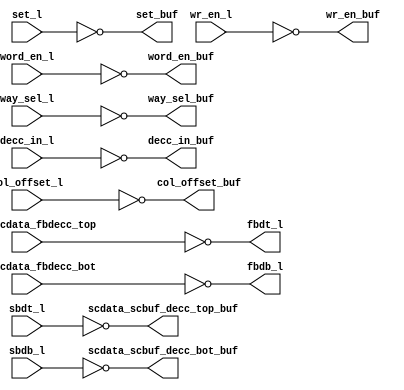
module bw_r_l2d_rep_top (
   word_en_buf, col_offset_buf, set_buf, wr_en_buf, way_sel_buf, 
   decc_in_buf, fbdt_l, fbdb_l, scdata_scbuf_decc_top_buf, 
   scdata_scbuf_decc_bot_buf, 
   word_en_l, col_offset_l, set_l, wr_en_l, way_sel_l, decc_in_l, 
   scbuf_scdata_fbdecc_top, scbuf_scdata_fbdecc_bot, sbdt_l, sbdb_l
   );
   input [3:0]     word_en_l;
   input 	   col_offset_l;
   input [9:0] 	   set_l;
   input 	   wr_en_l;
   input [11:0]    way_sel_l;
   input [155:0]   decc_in_l;
   input [155:0]   scbuf_scdata_fbdecc_top;
   input [155:0]   scbuf_scdata_fbdecc_bot;
   input [155:0]   sbdt_l;
   input [155:0]   sbdb_l;
   output [3:0]    word_en_buf;
   output 	   col_offset_buf;
   output [9:0]    set_buf;
   output 	   wr_en_buf;
   output [11:0]   way_sel_buf;
   output [155:0]  decc_in_buf;
   output [155:0]  fbdt_l;
   output [155:0]  fbdb_l;
   output [155:0]  scdata_scbuf_decc_top_buf;
   output [155:0]  scdata_scbuf_decc_bot_buf;
   assign word_en_buf[3:0] = ~word_en_l[3:0];
   assign col_offset_buf = ~col_offset_l;
   assign set_buf[9:0] = ~set_l[9:0];
   assign wr_en_buf = ~wr_en_l;
   assign way_sel_buf[11:0] = ~way_sel_l[11:0];
   assign decc_in_buf[155:0] = ~decc_in_l[155:0];
   assign fbdt_l[155:0] = ~scbuf_scdata_fbdecc_top[155:0];
   assign fbdb_l[155:0] = ~scbuf_scdata_fbdecc_bot[155:0];
   assign scdata_scbuf_decc_top_buf[155:0] = ~sbdt_l[155:0];
   assign scdata_scbuf_decc_bot_buf[155:0] = ~sbdb_l[155:0];
endmodule